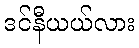
ဒင်နီယယ်လား